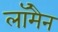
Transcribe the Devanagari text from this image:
लॉमैन